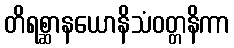
တိရစ္ဆာနယောနိသံဝတ္တနိကာ